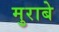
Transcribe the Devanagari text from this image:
मुराबे